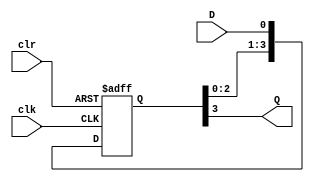
module SISO(D,clk,clr,Q);
  input clk,clr;
  input D;
  output Q;
  
  reg [3:0]T;
  
  always@(posedge clk or posedge clr)
    begin
      if(clr)
        T=4'b0000;
      else
        begin
          T[3]<=T[2];
          T[2]<=T[1];
          T[1]<=T[0];
          T[0]<=D;
        end
    end
  assign Q = T[3];
endmodule